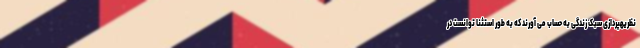
نظریهپردازی سبک زندگی به حساب می آورند که به طور استثنا توانست در